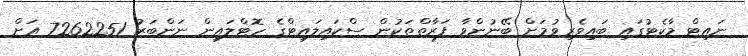
ނައިޓް މާކެޓުގައި ބައިވެރިވުމަށް ބޭނުންވާ ފަރާތްތަކުން ސްކައިލައިޓްގެ ހޮޓްލައިން ނަންބަރު 7262251 އަށް